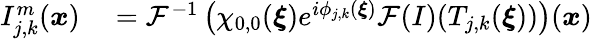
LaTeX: \begin{array}{rl}{I_{j,k}^{m}(\boldsymbol{x})}&{{}=\mathcal{F}^{-1}\left(\chi_{0,0}(\boldsymbol{\xi})e^{i\phi_{j,k}(\boldsymbol{\xi})}\mathcal{F}(I)(T_{j,k}(\boldsymbol{\xi}))\right)(\boldsymbol{x})}\end{array}